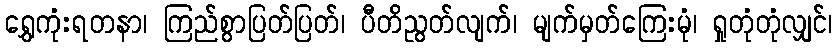
ရွှေကုံးရတနာ၊ ကြည်စွာပြတ်ပြတ်၊ ပီတိညွတ်လျက်၊ မျက်မှတ်ကြေးမုံ၊ ရှုတုံတုံလျှင်၊